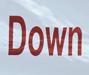
down